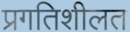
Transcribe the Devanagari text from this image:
प्रगतिशीलत